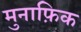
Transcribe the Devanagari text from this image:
मुनाफ़िक